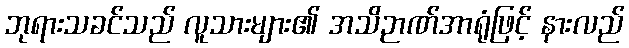
ဘုရားသခင်သည် လူသားများ၏ အသိဉာဏ်အာရုံဖြင့် နားလည်